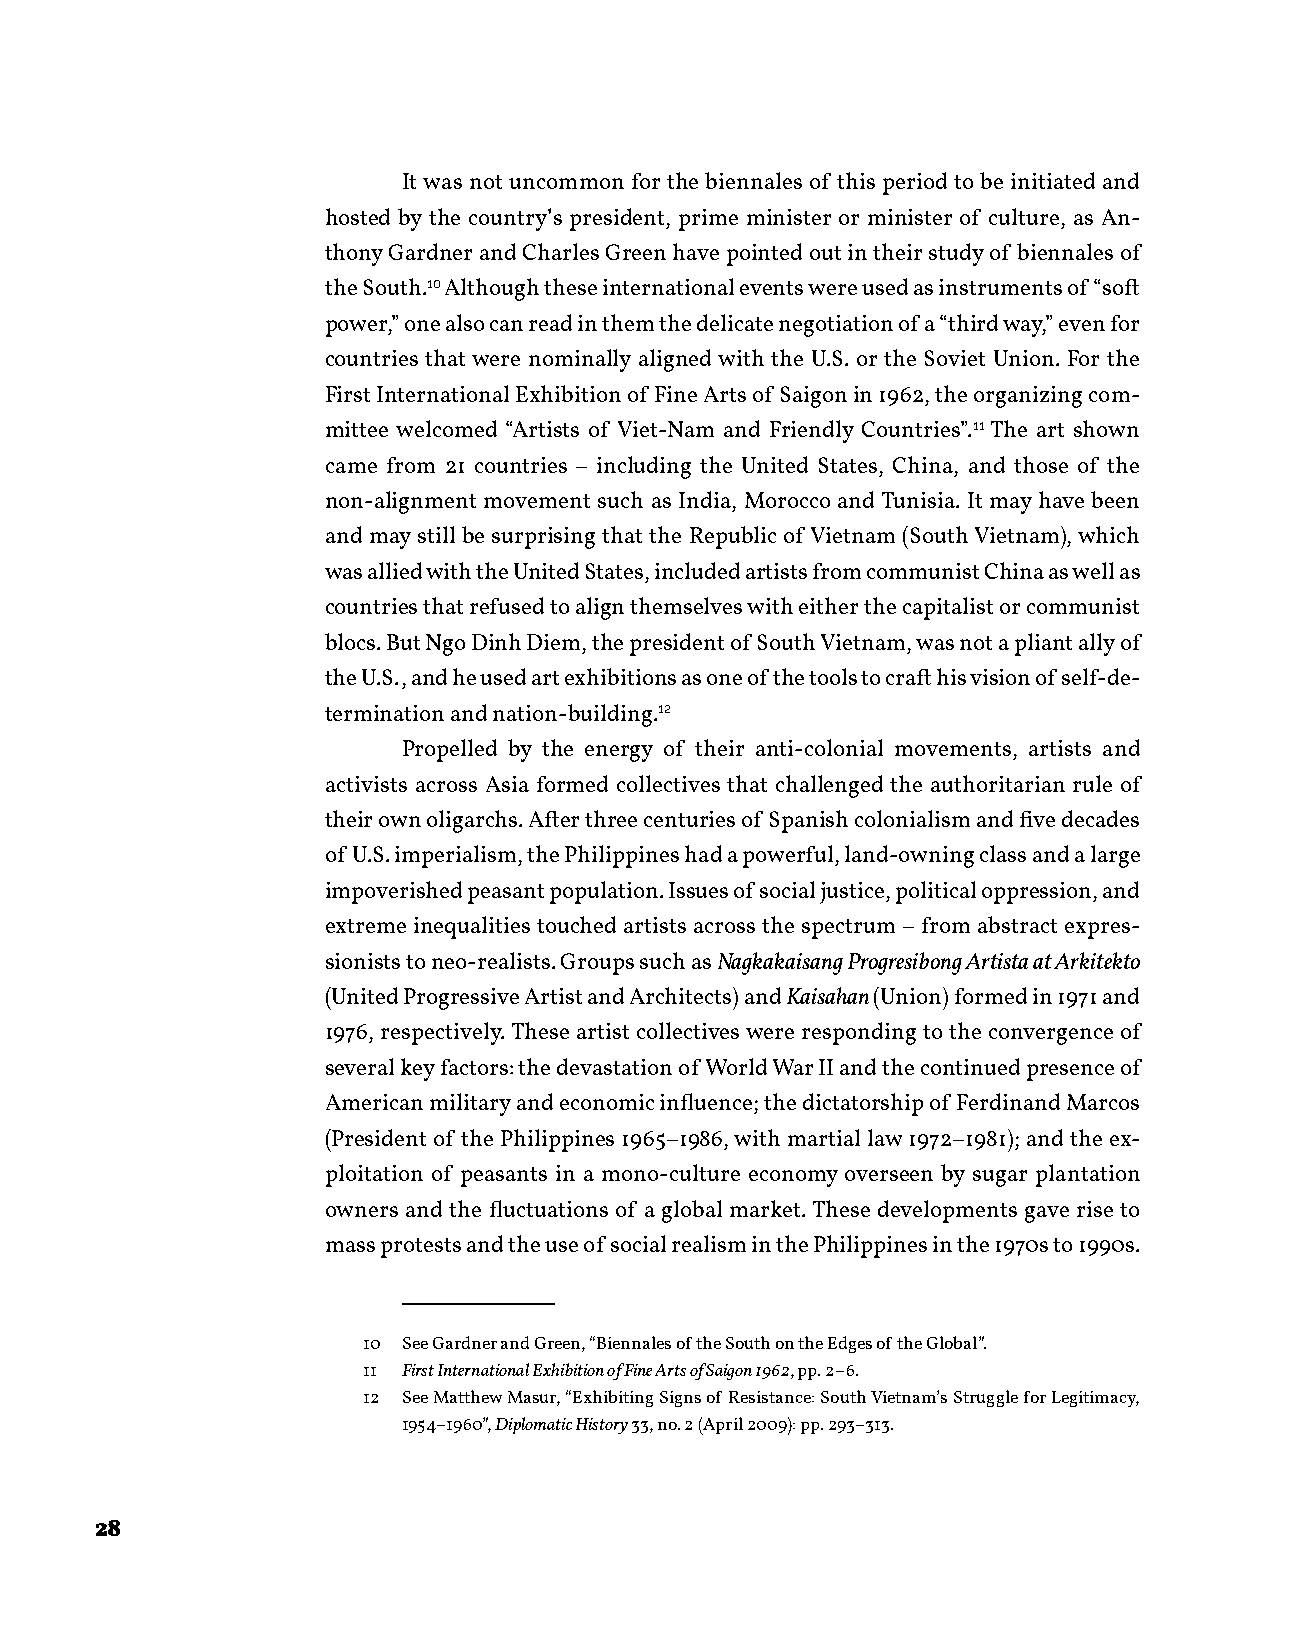
It was not uncommon for the biennales of this period to be initiated and
 hosted by the country’s president, prime minister or minister of culture, as An-
 thony Gardner and Charles Green have pointed out in their study of biennales of
 the South.10 Although these international events were used as instruments of “soft
 power,” one also can read in them the delicate negotiation of a “third way,” even for
 countries that were nominally aligned with the U.S. or the Soviet Union. For the
 First International Exhibition of Fine Arts of Saigon in 1962, the organizing com-
 mittee welcomed “Artists of Viet-Nam and Friendly Countries”.11 The art shown
 came from 21 countries – including the United States, China, and those of the
 non-alignment movement such as India, Morocco and Tunisia. It may have been
 and may still be surprising that the Republic of Vietnam (South Vietnam), which
 was allied with the United States, included artists from communist China as well as
 countries that refused to align themselves with either the capitalist or communist
 blocs. But Ngo Dinh Diem, the president of South Vietnam, was not a pliant ally of
 the U.S., and he used art exhibitions as one of the tools to craft his vision of self-de-
 termination and nation-building.12
 Propelled by the energy of their anti-colonial movements, artists and
 activists across Asia formed collectives that challenged the authoritarian rule of
 their own oligarchs. After three centuries of Spanish colonialism and five decades
 of U.S. imperialism, the Philippines had a powerful, land-owning class and a large
 impoverished peasant population. Issues of social justice, political oppression, and
 extreme inequalities touched artists across the spectrum – from abstract expres-
 sionists to neo-realists. Groups such as Nagkakaisang Progresibong Artista at Arkitekto
 (United Progressive Artist and Architects) and Kaisahan (Union) formed in 1971 and
 1976, respectively. These artist collectives were responding to the convergence of
 several key factors: the devastation of World War II and the continued presence of
 American military and economic influence; the dictatorship of Ferdinand Marcos
 (President of the Philippines 1965–1986, with martial law 1972–1981); and the ex-
 ploitation of peasants in a mono-culture economy overseen by sugar plantation
 owners and the fluctuations of a global market. These developments gave rise to
 mass protests and the use of social realism in the Philippines in the 1970s to 1990s.
 10 See Gardner and Green, “Biennales of the South on the Edges of the Global”.
 11 First International Exhibition of Fine Arts of Saigon 1962, pp. 2–6.
 12 See Matthew Masur, “Exhibiting Signs of Resistance: South Vietnam’s Struggle for Legitimacy,
 1954–1960”, Diplomatic History 33, no. 2 (April 2009): pp. 293–313.
 28